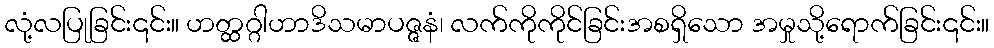
လုံ့လပြုခြင်း၎င်း။ ဟတ္ထဂ္ဂါဟာဒိသမာပဇ္ဇနံ၊ လက်ကိုကိုင်ခြင်းအစရှိသော အမှုသို့ရောက်ခြင်း၎င်း။